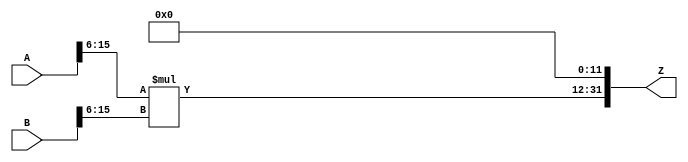
/***
* This code is a part of EvoApproxLib library (ehw.fit.vutbr.cz/approxlib) distributed under The MIT License.
* When used, please cite the following article(s): PRABAKARAN B. S., MRAZEK V., VASICEK Z., SEKANINA L., SHAFIQUE M. ApproxFPGAs: Embracing ASIC-based Approximate Arithmetic Components for FPGA-Based Systems. DAC 2020. 
***/
// MAE% = 0.048 %
// MAE = 2063360 
// WCE% = 0.19 %
// WCE = 8253441 
// WCRE% = 100.00 %
// EP% = 99.97 %
// MRE% = 0.84 %
// MSE = 59448.176e8 
// FPGA_POWER = 1.4
// FPGA_DELAY = 11
// FPGA_LUT = 115



module mul16u_HHB(
	A, 
	B,
	Z
);

input [16-1:0] A;
input [16-1:0] B;
output [2*16-1:0] Z;

wire [2*(16-6)-1:0] tmpZ;
assign tmpZ = A[16-1:6] * B[16-1:6];
assign Z = {tmpZ,{12{1'b0}}};
endmodule